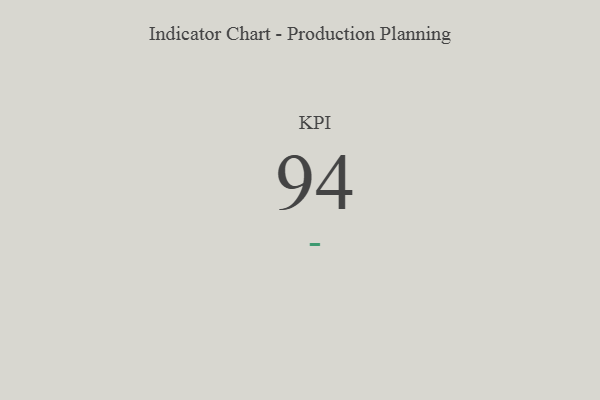
{"axis": {"x": "KPI", "y": "Value"}, "legend": [""], "data": [{"x": "KPI", "y": 94, "type": ""}]}